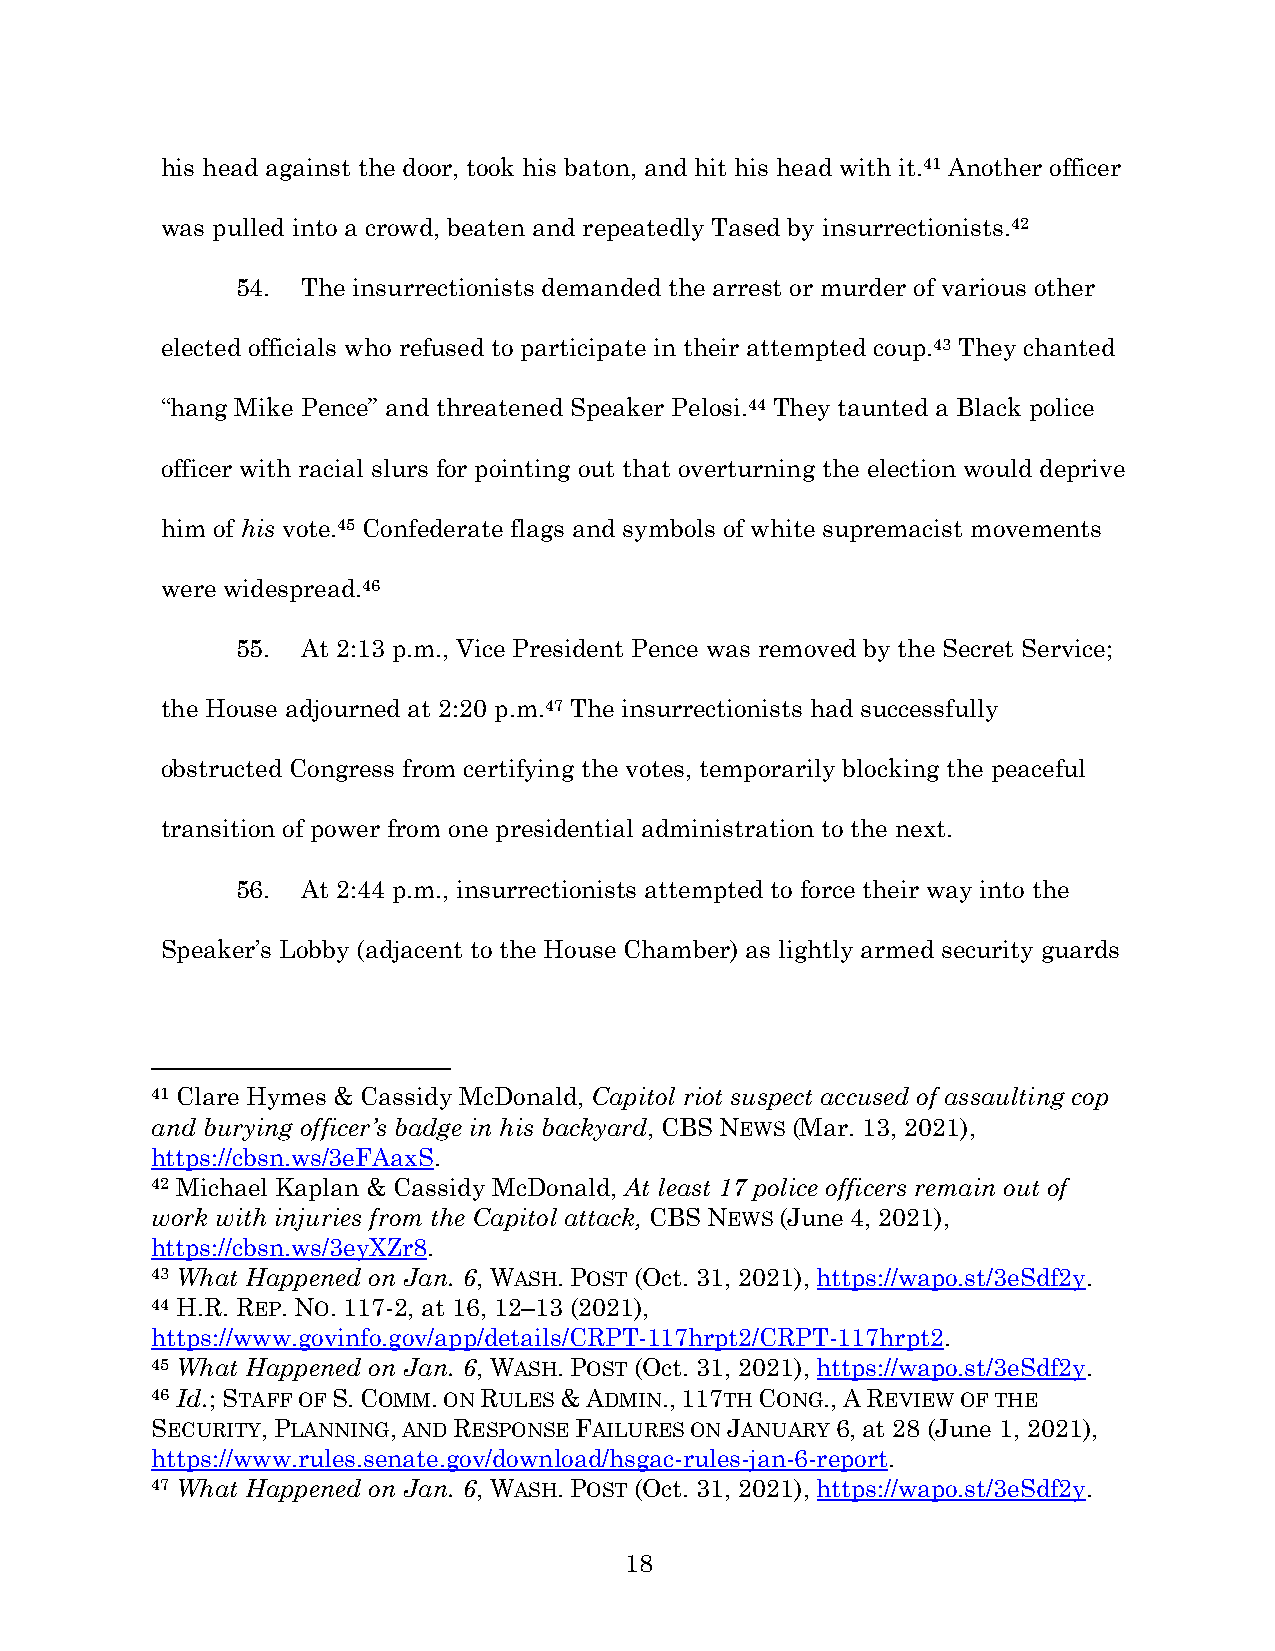
his head against the door, took his baton, and hit his head with it.41 Another officer
 was pulled into a crowd, beaten and repeatedly Tased by insurrectionists.42
 54. The insurrectionists demanded the arrest or murder of various other
 elected officials who refused to participate in their attempted coup.43 They chanted
 “hang Mike Pence” and threatened Speaker Pelosi.44 They taunted a Black police
 officer with racial slurs for pointing out that overturning the election would deprive
 him of his vote.45 Confederate flags and symbols of white supremacist movements
 were widespread.46
 55. At 2:13 p.m., Vice President Pence was removed by the Secret Service;
 the House adjourned at 2:20 p.m.47 The insurrectionists had successfully
 obstructed Congress from certifying the votes, temporarily blocking the peaceful
 transition of power from one presidential administration to the next.
 56. At 2:44 p.m., insurrectionists attempted to force their way into the
 Speaker’s Lobby (adjacent to the House Chamber) as lightly armed security guards
 41 Clare Hymes & Cassidy McDonald, Capitol riot suspect accused of assaulting cop
 and burying officer’s badge in his backyard, CBS NEWS (Mar. 13, 2021),
 https://cbsn.ws/3eFAaxS.
 42 Michael Kaplan & Cassidy McDonald, At least 17 police officers remain out of
 work with injuries from the Capitol attack, CBS NEWS (June 4, 2021),
 https://cbsn.ws/3eyXZr8.
 43 What Happened on Jan. 6, WASH. POST (Oct. 31, 2021), https://wapo.st/3eSdf2y.
 44 H.R. REP. NO. 117-2, at 16, 12–13 (2021),
 https://www.govinfo.gov/app/details/CRPT-117hrpt2/CRPT-117hrpt2.
 45 What Happened on Jan. 6, WASH. POST (Oct. 31, 2021), https://wapo.st/3eSdf2y.
 46 Id.; STAFF OF S. COMM. ON RULES & ADMIN., 117TH CONG., A REVIEW OF THE
 SECURITY, PLANNING, AND RESPONSE FAILURES ON JANUARY 6, at 28 (June 1, 2021),
 https://www.rules.senate.gov/download/hsgac-rules-jan-6-report.
 47 What Happened on Jan. 6, WASH. POST (Oct. 31, 2021), https://wapo.st/3eSdf2y.
 18